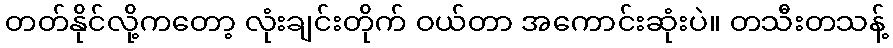
တတ်နိုင်လို့ကတော့ လုံးချင်းတိုက် ဝယ်တာ အကောင်းဆုံးပဲ။ တသီးတသန့်